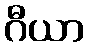
ဂီယာ